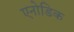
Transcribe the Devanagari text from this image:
एनोडिक